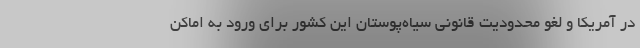
در آمریکا و لغو محدودیت قانونی سیاه‌پوستان این کشور برای ورود به اماکن